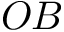
O B